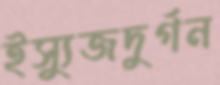
ইস্যুজদুর্গন